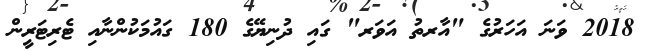
2018 ވަނަ އަހަރުގެ "އާރތު އަވަރ" ގައި ދުނިޔޭގެ 180 ގައުމަކުންނާއި ޓެރިޓަރީން